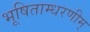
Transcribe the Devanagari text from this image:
भूषिताम्धरणीम्